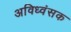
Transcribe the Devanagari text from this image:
अविध्वंसक